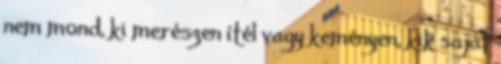
nem mond, ki merészen ítél vagy keményen, kik saját